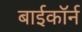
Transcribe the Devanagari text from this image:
बाईकॉर्न